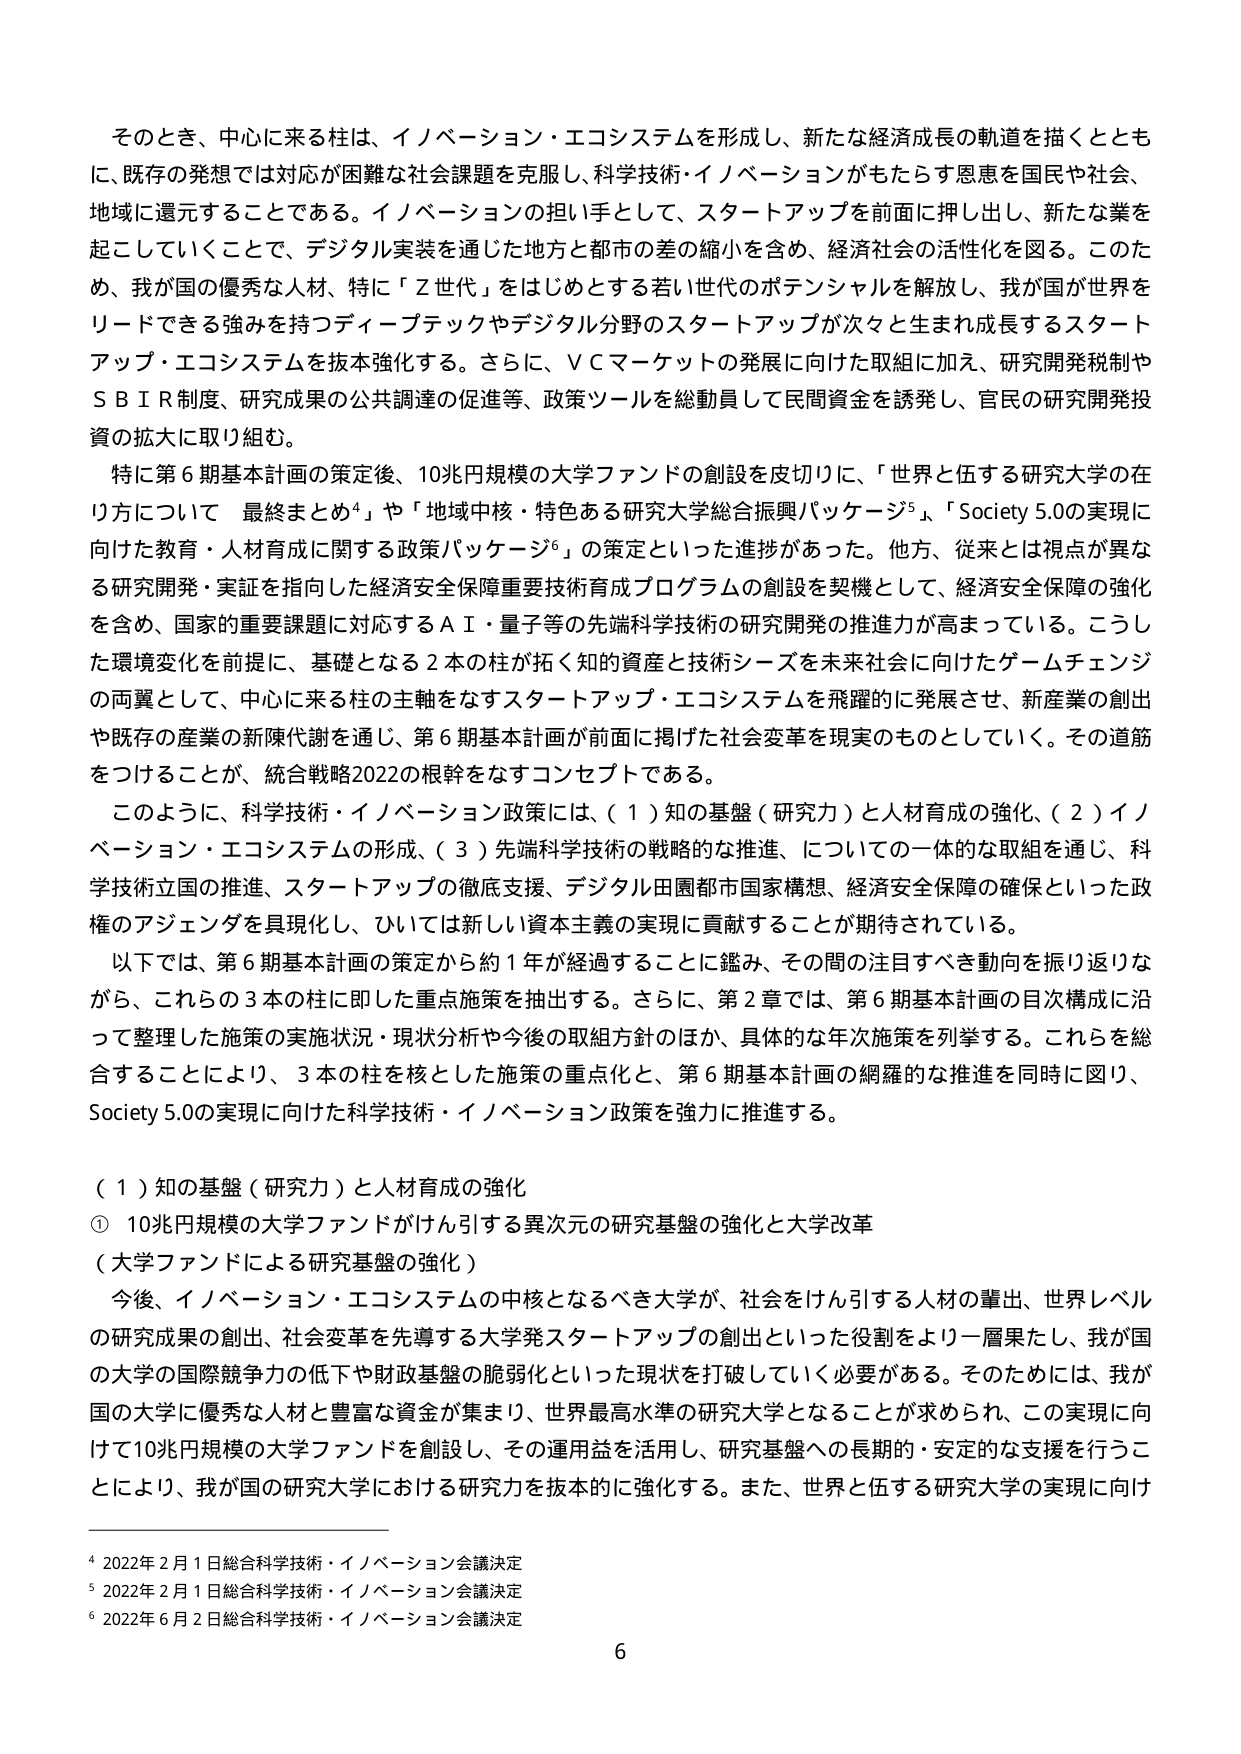
そのとき、中心に来る柱は、イノベーション・エコシステムを形成し、新たな経済成長の軌道を描くととも
に、既存の発想では対応が困難な社会課題を克服し、科学技術・イノベーションがもたらす恩恵を国民や社会、
地域に還元することである。イノベーションの担い手として、スタートアップを前面に押し出し、新たな業を
起こしていくことで、デジタル実装を通じた地方と都市の差の縮小を含め、経済社会の活性化を図る。このた
め、我が国の優秀な人材、特に「Ｚ世代」をはじめとする若い世代のポテンシャルを解放し、我が国が世界を
リードできる強みを持つディープテックやデジタル分野のスタートアップが次々と生まれ成長するスタート
アップ・エコシステムを抜本強化する。さらに、ＶＣマーケットの発展に向けた取組に加え、研究開発税制や
ＳＢＩＲ制度、研究成果の公共調達の促進等、政策ツールを総動員して民間資金を誘発し、官民の研究開発投
資の拡大に取り組む。

特に第６期基本計画の策定後、10兆円規模の大学ファンドの創設を皮切りに、「世界と伍する研究大学の在
り方について 最終まとめ⁴」や「地域中核・特色ある研究大学総合振興パッケージ⁵」、「Society 5.0の実現に
向けた教育・人材育成に関する政策パッケージ⁶」の策定といった進捗があった。他方、従来とは視点が異な
る研究開発・実証を指向した経済安全保障重要技術育成プログラムの創設を契機として、経済安全保障の強化
を含め、国家的重要課題に対応するＡＩ・量子等の先端科学技術の研究開発の推進力が高まっている。こうし
た環境変化を前提に、基礎となる２本の柱が拓く知的資産と技術シーズを未来社会に向けたゲームチェンジ
の両翼として、中心に来る柱の主軸をなすスタートアップ・エコシステムを飛躍的に発展させ、新産業の創出
や既存の産業の新陳代謝を通じ、第６期基本計画が前面に掲げた社会変革を現実のものとしていく。その道筋
をつけることが、統合戦略2022の根幹をなすコンセプトである。

このように、科学技術・イノベーション政策には、（１）知の基盤（研究力）と人材育成の強化、（２）イノ
ベーション・エコシステムの形成、（３）先端科学技術の戦略的な推進、についての一体的な取組を通じ、科
学技術立国の推進、スタートアップの徹底支援、デジタル田園都市国家構想、経済安全保障の確保といった政
権のアジェンダを具現化し、ひいては新しい資本主義の実現に貢献することが期待されている。

以下では、第６期基本計画の策定から約１年が経過することに鑑み、その間の注目すべき動向を振り返りな
がら、これらの３本の柱に即した重点施策を抽出する。さらに、第２章では、第６期基本計画の目次構成に沿
って整理した施策の実施状況・現状分析や今後の取組方針のほか、具体的な年次施策を列挙する。これらを総
合することにより、３本の柱を核とした施策の重点化と、第６期基本計画の網羅的な推進を同時に図り、
Society 5.0の実現に向けた科学技術・イノベーション政策を強力に推進する。

（１）知の基盤（研究力）と人材育成の強化
① 10兆円規模の大学ファンドがけん引する異次元の研究基盤の強化と大学改革
（大学ファンドによる研究基盤の強化）
今後、イノベーション・エコシステムの中核となるべき大学が、社会をけん引する人材の輩出、世界レベル
の研究成果の創出、社会変革を先導する大学発スタートアップの創出といった役割をより一層果たし、我が国
の大学の国際競争力の低下や財政基盤の脆弱化といった現状を打破していく必要がある。そのためには、我が
国の大学に優秀な人材と豊富な資金が集まり、世界最高水準の研究大学となることが求められ、この実現に向
けて10兆円規模の大学ファンドを創設し、その運用益を活用し、研究基盤への長期的・安定的な支援を行うこ
とにより、我が国の研究大学における研究力を抜本的に強化する。また、世界と伍する研究大学の実現に向け

⁴ 2022年２月１日総合科学技術・イノベーション会議決定
⁵ 2022年２月１日総合科学技術・イノベーション会議決定
⁶ 2022年６月２日総合科学技術・イノベーション会議決定

6